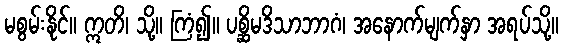
မစွမ်းနိုင်။ ဣတိ၊ သို့။ ကြံ၍။ ပစ္ဆိမဒိသာဘာဂံ၊ အနောက်မျက်နှာ အရပ်သို့။